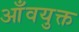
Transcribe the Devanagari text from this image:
आँवयुक्त